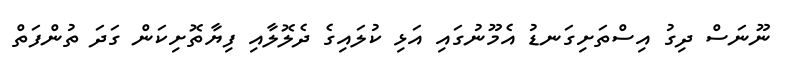
ނޫނަސް ދިގު އިސްތަށިގަނޑު އެމޫނުގައި އަޅި ކުލައިގެ ދެލޮލާއި ފިޔާތޮށިކަން ގަަދަ ތުންފަތް